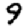
Digit: 9